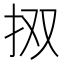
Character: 㧐